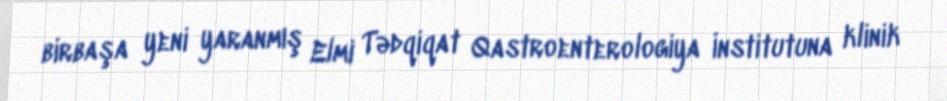
birbaşa yeni yaranmış Elmi Tədqiqat Qastroenterologiya İnstitutuna klinik